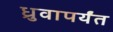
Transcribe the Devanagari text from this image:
ध्रुवापर्यंत